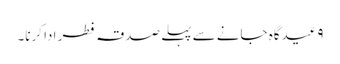
۹ عیدگاہ جانے سے پہلے صدقہ فطر ادا کرنا۔